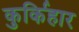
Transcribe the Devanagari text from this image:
कुर्किहार